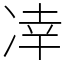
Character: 㓑